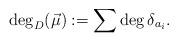
LaTeX: \begin{align*} \deg_D(\vec{\mu}) :=\sum \deg{\delta_{a_i}}.\end{align*}